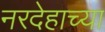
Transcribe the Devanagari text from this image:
नरदेहाच्या